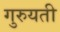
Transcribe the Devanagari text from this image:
गुरुयती